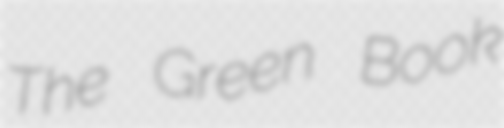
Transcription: The Green Book